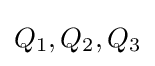
Q_{1},Q_{2},Q_{3}